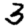
Digit: 3